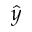
\hat { y }